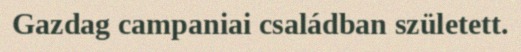
Gazdag campaniai családban született.